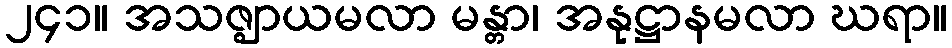
၂၄၁။ အသဇ္ဈာယမလာ မန္တာ၊ အနုဋ္ဌာနမလာ ဃရာ။